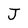
Character: J